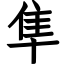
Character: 隼